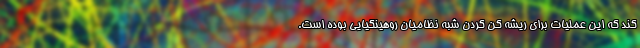
کند که این عملیات برای ریشه کن کردن شبه نظامیان روهینگیایی بوده است.